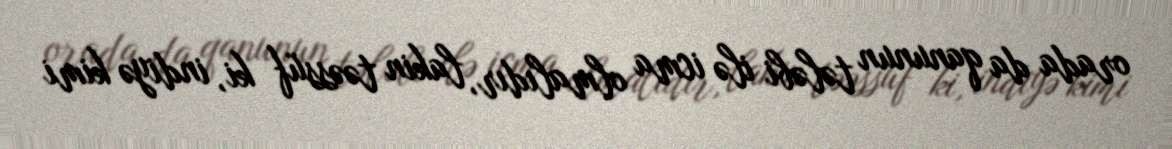
orada da qanunun tələbi ilə icma olmalıdır, lakin təəssüf ki, indiyə kimi